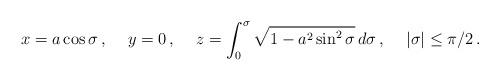
LaTeX: \begin{align*}x=a\cos \sigma\, ,\hspace{0.5cm}y=0\, ,\hspace{0.5cm}z=\int_0^{\sigma}\sqrt{1-a^2\sin^2\sigma}\, d\sigma\, ,\hspace{0.5cm}|\sigma|\le \pi/2\, .\end{align*}